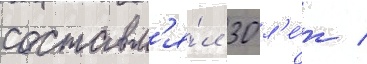
составл'я́л 30 л'е́т /